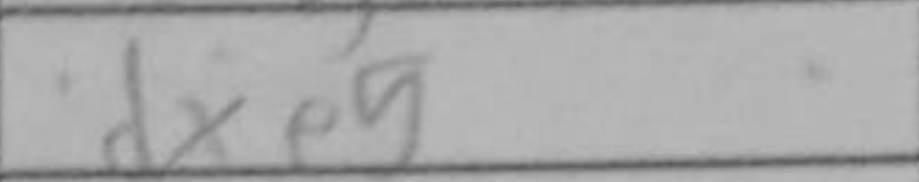
Transcription: dxe5